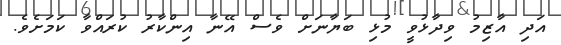
އަދި އާޒިމު ވިދާޅުވީ މުޅި ބަޔާނަށް ވެސް އޭނާ އިންކާރު ކުރައްވާ ކަމަށެވެ.